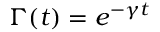
\Gamma ( t ) = e ^ { - \gamma t }